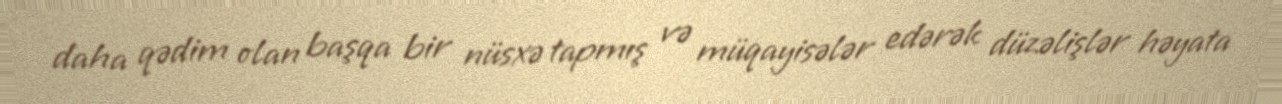
daha qədim olan başqa bir nüsxə tapmış və müqayisələr edərək düzəlişlər həyata